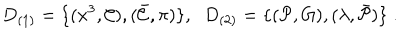
LaTeX: D _ { ( 1 ) } = \{ ( x ^ { 3 } , { \cal C } ) , ( \bar { \cal C } , \pi ) \} , \; \; D _ { ( 2 ) } = \{ ( { \cal P } , G ) , ( \lambda , \bar { \cal P } ) \} \; .